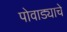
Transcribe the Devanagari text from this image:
पोवाड्याचे